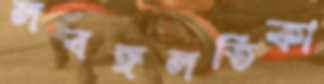
লবঙ্গলতিকা